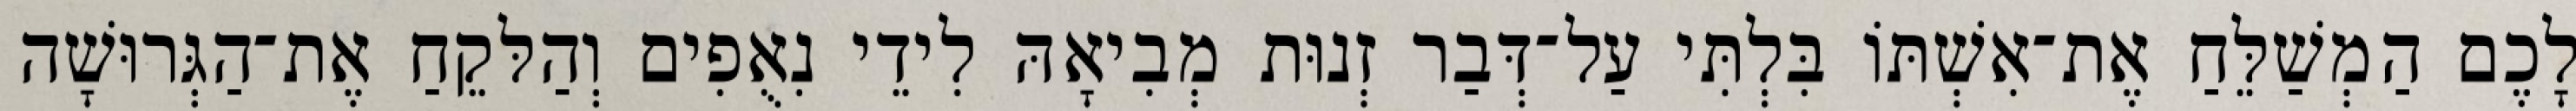
לָכֶם הַמְשַׁלֵּחַ אֶת־אִשְׁתּוֹ בִּלְתִּי עַל־דְּבַר זְנוּת מְבִיאָהּ לִידֵי נִאֻפִים וְהַלּקֵחַ אֶת־הַגְּרוּשָׁה